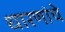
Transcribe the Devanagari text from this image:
धारणांचे